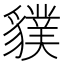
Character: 𧴌